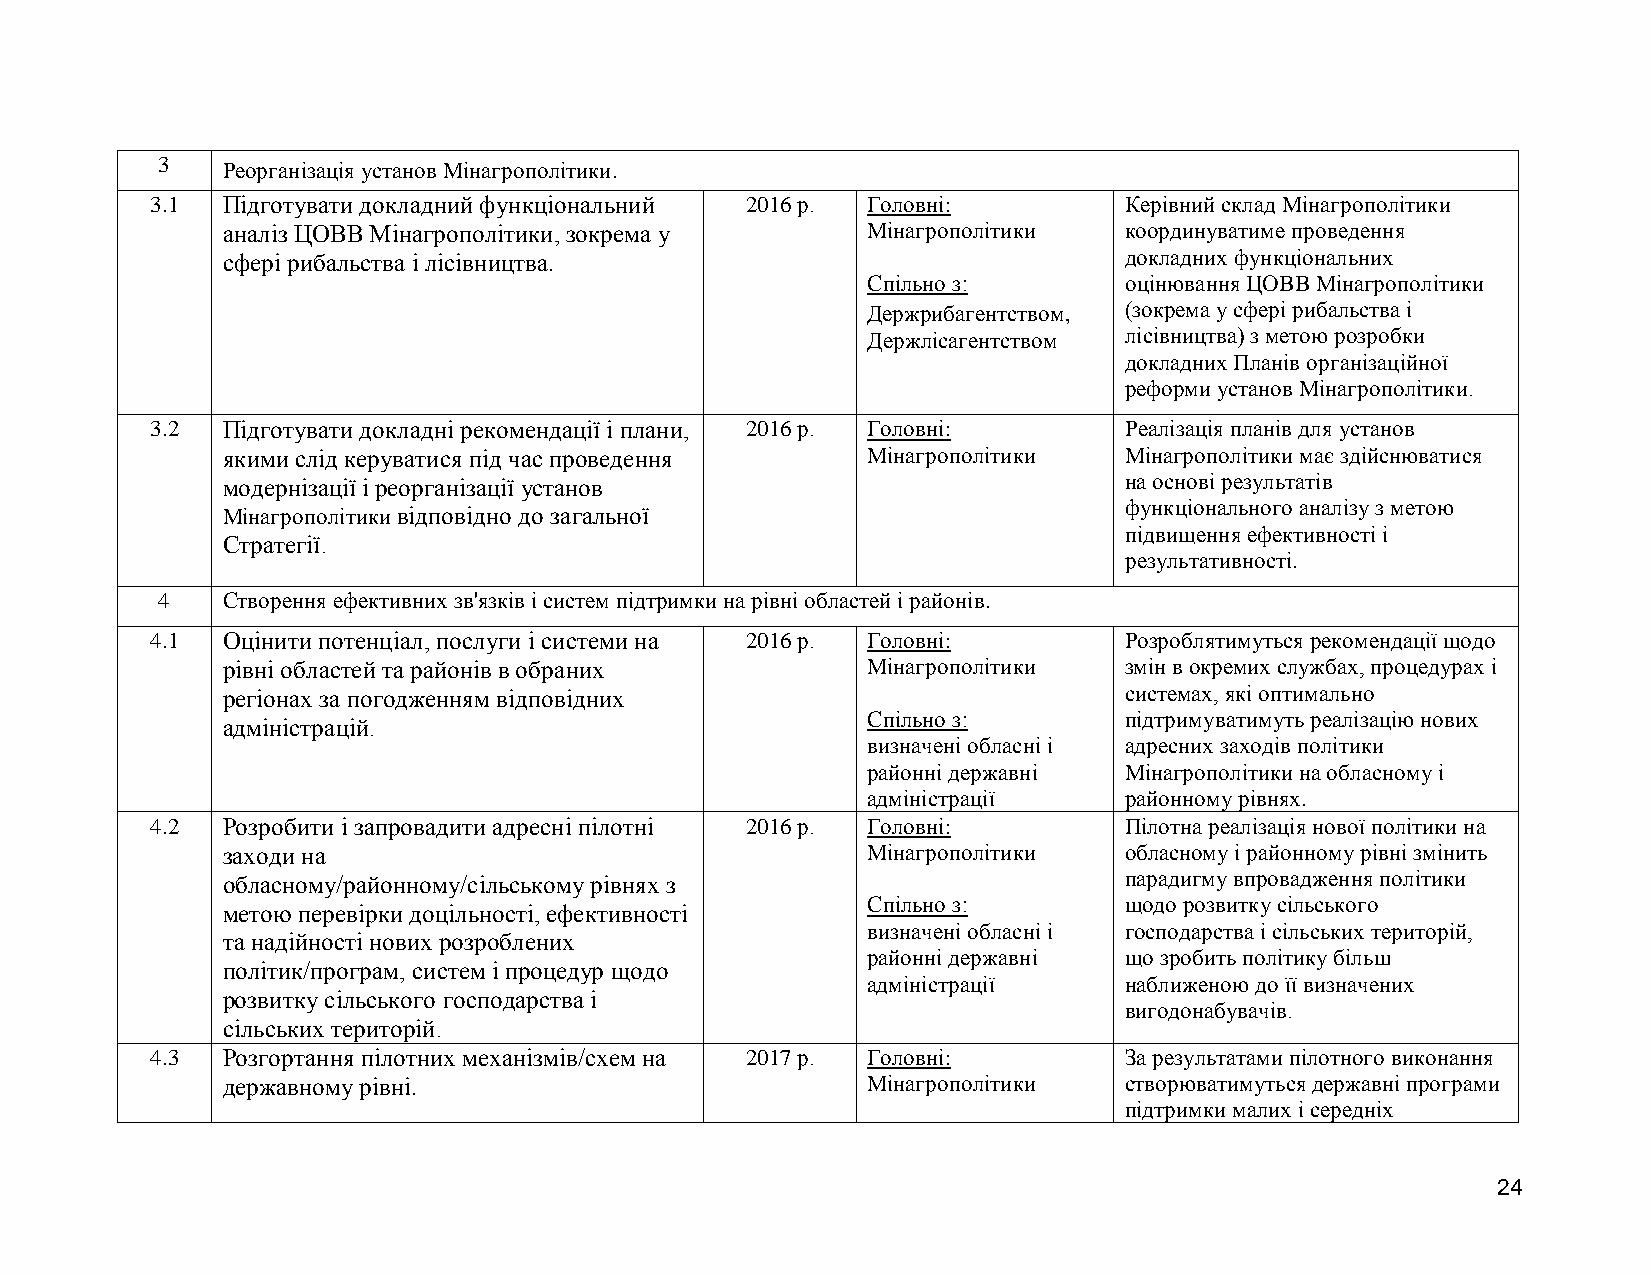
3    Реорганізація установ Мінагрополітики.
 3.1  Підготувати докладний функціональний 2016 р. Головні:      Керівний склад Мінагрополітики
 аналіз ЦОВВ Мінагрополітики, зокрема у    Мінагрополітики  координуватиме проведення
 сфері рибальства і лісівництва.                            докладних функціональних
 Спільно з:       оцінювання ЦОВВ Мінагрополітики
 Держрибагентством, (зокрема у сфері рибальства і
 Держлісагентством лісівництва) з метою розробки
 докладних Планів організаційної
 реформи установ Мінагрополітики.
 3.2  Підготувати докладні рекомендації і плани, 2016 р. Головні: Реалізація планів для установ
 якими слід керуватися під час проведення  Мінагрополітики  Мінагрополітики має здійснюватися
 модернізації і реорганізації установ                       на основі результатів
 функціонального аналізу з метою
 Мінагрополітики відповідно до загальної
 підвищення ефективності і
 Стратегії.
 результативності.
 4    Створення ефективних зв'язків і систем підтримки на рівні областей і районів.
 4.1  Оцінити потенціал, послуги і системи на 2016 р. Головні:   Розроблятимуться рекомендації щодо
 рівні областей та районів в обраних       Мінагрополітики  змін в окремих службах, процедурах і
 регіонах за погодженням відповідних                        системах, які оптимально
 Спільно з:       підтримуватимуть реалізацію нових
 адміністрацій.
 визначені обласні і адресних заходів політики
 районні державні Мінагрополітики на обласному і
 адміністрації    районному рівнях.
 4.2  Розробити і запровадити адресні пілотні 2016 р. Головні:   Пілотна реалізація нової політики на
 заходи на                                 Мінагрополітики  обласному і районному рівні змінить
 обласному/районному/сільському рівнях з                    парадигму впровадження політики
 Спільно з:       щодо розвитку сільського
 метою перевірки доцільності, ефективності
 визначені обласні і господарства і сільських територій,
 та надійності нових розроблених
 районні державні що зробить політику більш
 політик/програм, систем і процедур щодо
 адміністрації    наближеною до її визначених
 розвитку сільського господарства і
 вигодонабувачів.
 сільських територій.
 4.3  Розгортання пілотних механізмів/схем на 2017 р. Головні:   За результатами пілотного виконання
 державному рівні.                         Мінагрополітики  створюватимуться державні програми
 підтримки малих і середніх
 24